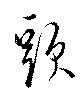
頭